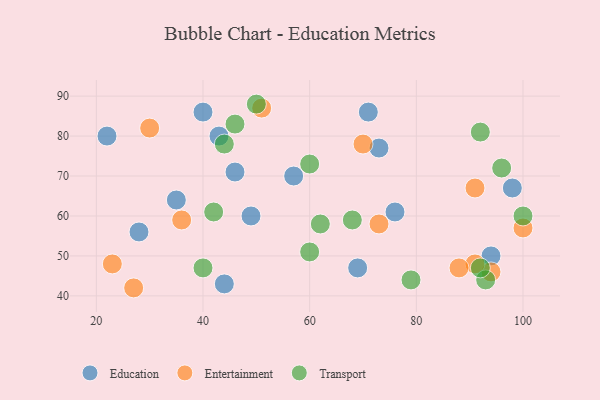
{"axis": {"x": "GDP", "y": "Life Expectancy"}, "legend": ["Education", "Entertainment", "Transport"], "data": [{"x": "98", "y": 67, "type": "Education"}, {"x": "69", "y": 47, "type": "Education"}, {"x": "28", "y": 56, "type": "Education"}, {"x": "94", "y": 50, "type": "Education"}, {"x": "22", "y": 80, "type": "Education"}, {"x": "49", "y": 60, "type": "Education"}, {"x": "43", "y": 80, "type": "Education"}, {"x": "44", "y": 43, "type": "Education"}, {"x": "46", "y": 71, "type": "Education"}, {"x": "35", "y": 64, "type": "Education"}, {"x": "57", "y": 70, "type": "Education"}, {"x": "71", "y": 86, "type": "Education"}, {"x": "76", "y": 61, "type": "Education"}, {"x": "40", "y": 86, "type": "Education"}, {"x": "73", "y": 77, "type": "Education"}, {"x": "100", "y": 57, "type": "Entertainment"}, {"x": "23", "y": 48, "type": "Entertainment"}, {"x": "94", "y": 46, "type": "Entertainment"}, {"x": "91", "y": 67, "type": "Entertainment"}, {"x": "36", "y": 59, "type": "Entertainment"}, {"x": "73", "y": 58, "type": "Entertainment"}, {"x": "70", "y": 78, "type": "Entertainment"}, {"x": "27", "y": 42, "type": "Entertainment"}, {"x": "91", "y": 48, "type": "Entertainment"}, {"x": "51", "y": 87, "type": "Entertainment"}, {"x": "30", "y": 82, "type": "Entertainment"}, {"x": "88", "y": 47, "type": "Entertainment"}, {"x": "100", "y": 60, "type": "Transport"}, {"x": "96", "y": 72, "type": "Transport"}, {"x": "60", "y": 73, "type": "Transport"}, {"x": "93", "y": 44, "type": "Transport"}, {"x": "62", "y": 58, "type": "Transport"}, {"x": "79", "y": 44, "type": "Transport"}, {"x": "42", "y": 61, "type": "Transport"}, {"x": "50", "y": 88, "type": "Transport"}, {"x": "68", "y": 59, "type": "Transport"}, {"x": "92", "y": 81, "type": "Transport"}, {"x": "92", "y": 47, "type": "Transport"}, {"x": "46", "y": 83, "type": "Transport"}, {"x": "44", "y": 78, "type": "Transport"}, {"x": "60", "y": 51, "type": "Transport"}, {"x": "40", "y": 47, "type": "Transport"}]}